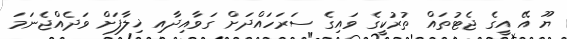
ޔޫ އޭ އީގެ ޖެޓުތައް ތުރުކީގެ ވައިގެ ސަރަހައްދަށް ގަވާއިދާއި ޚިލާފަށް ވަދެއްޖެނަމަ